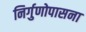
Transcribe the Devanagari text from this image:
निर्गुणोपासना